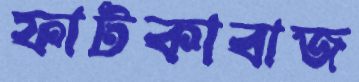
ফাটকাবাজ